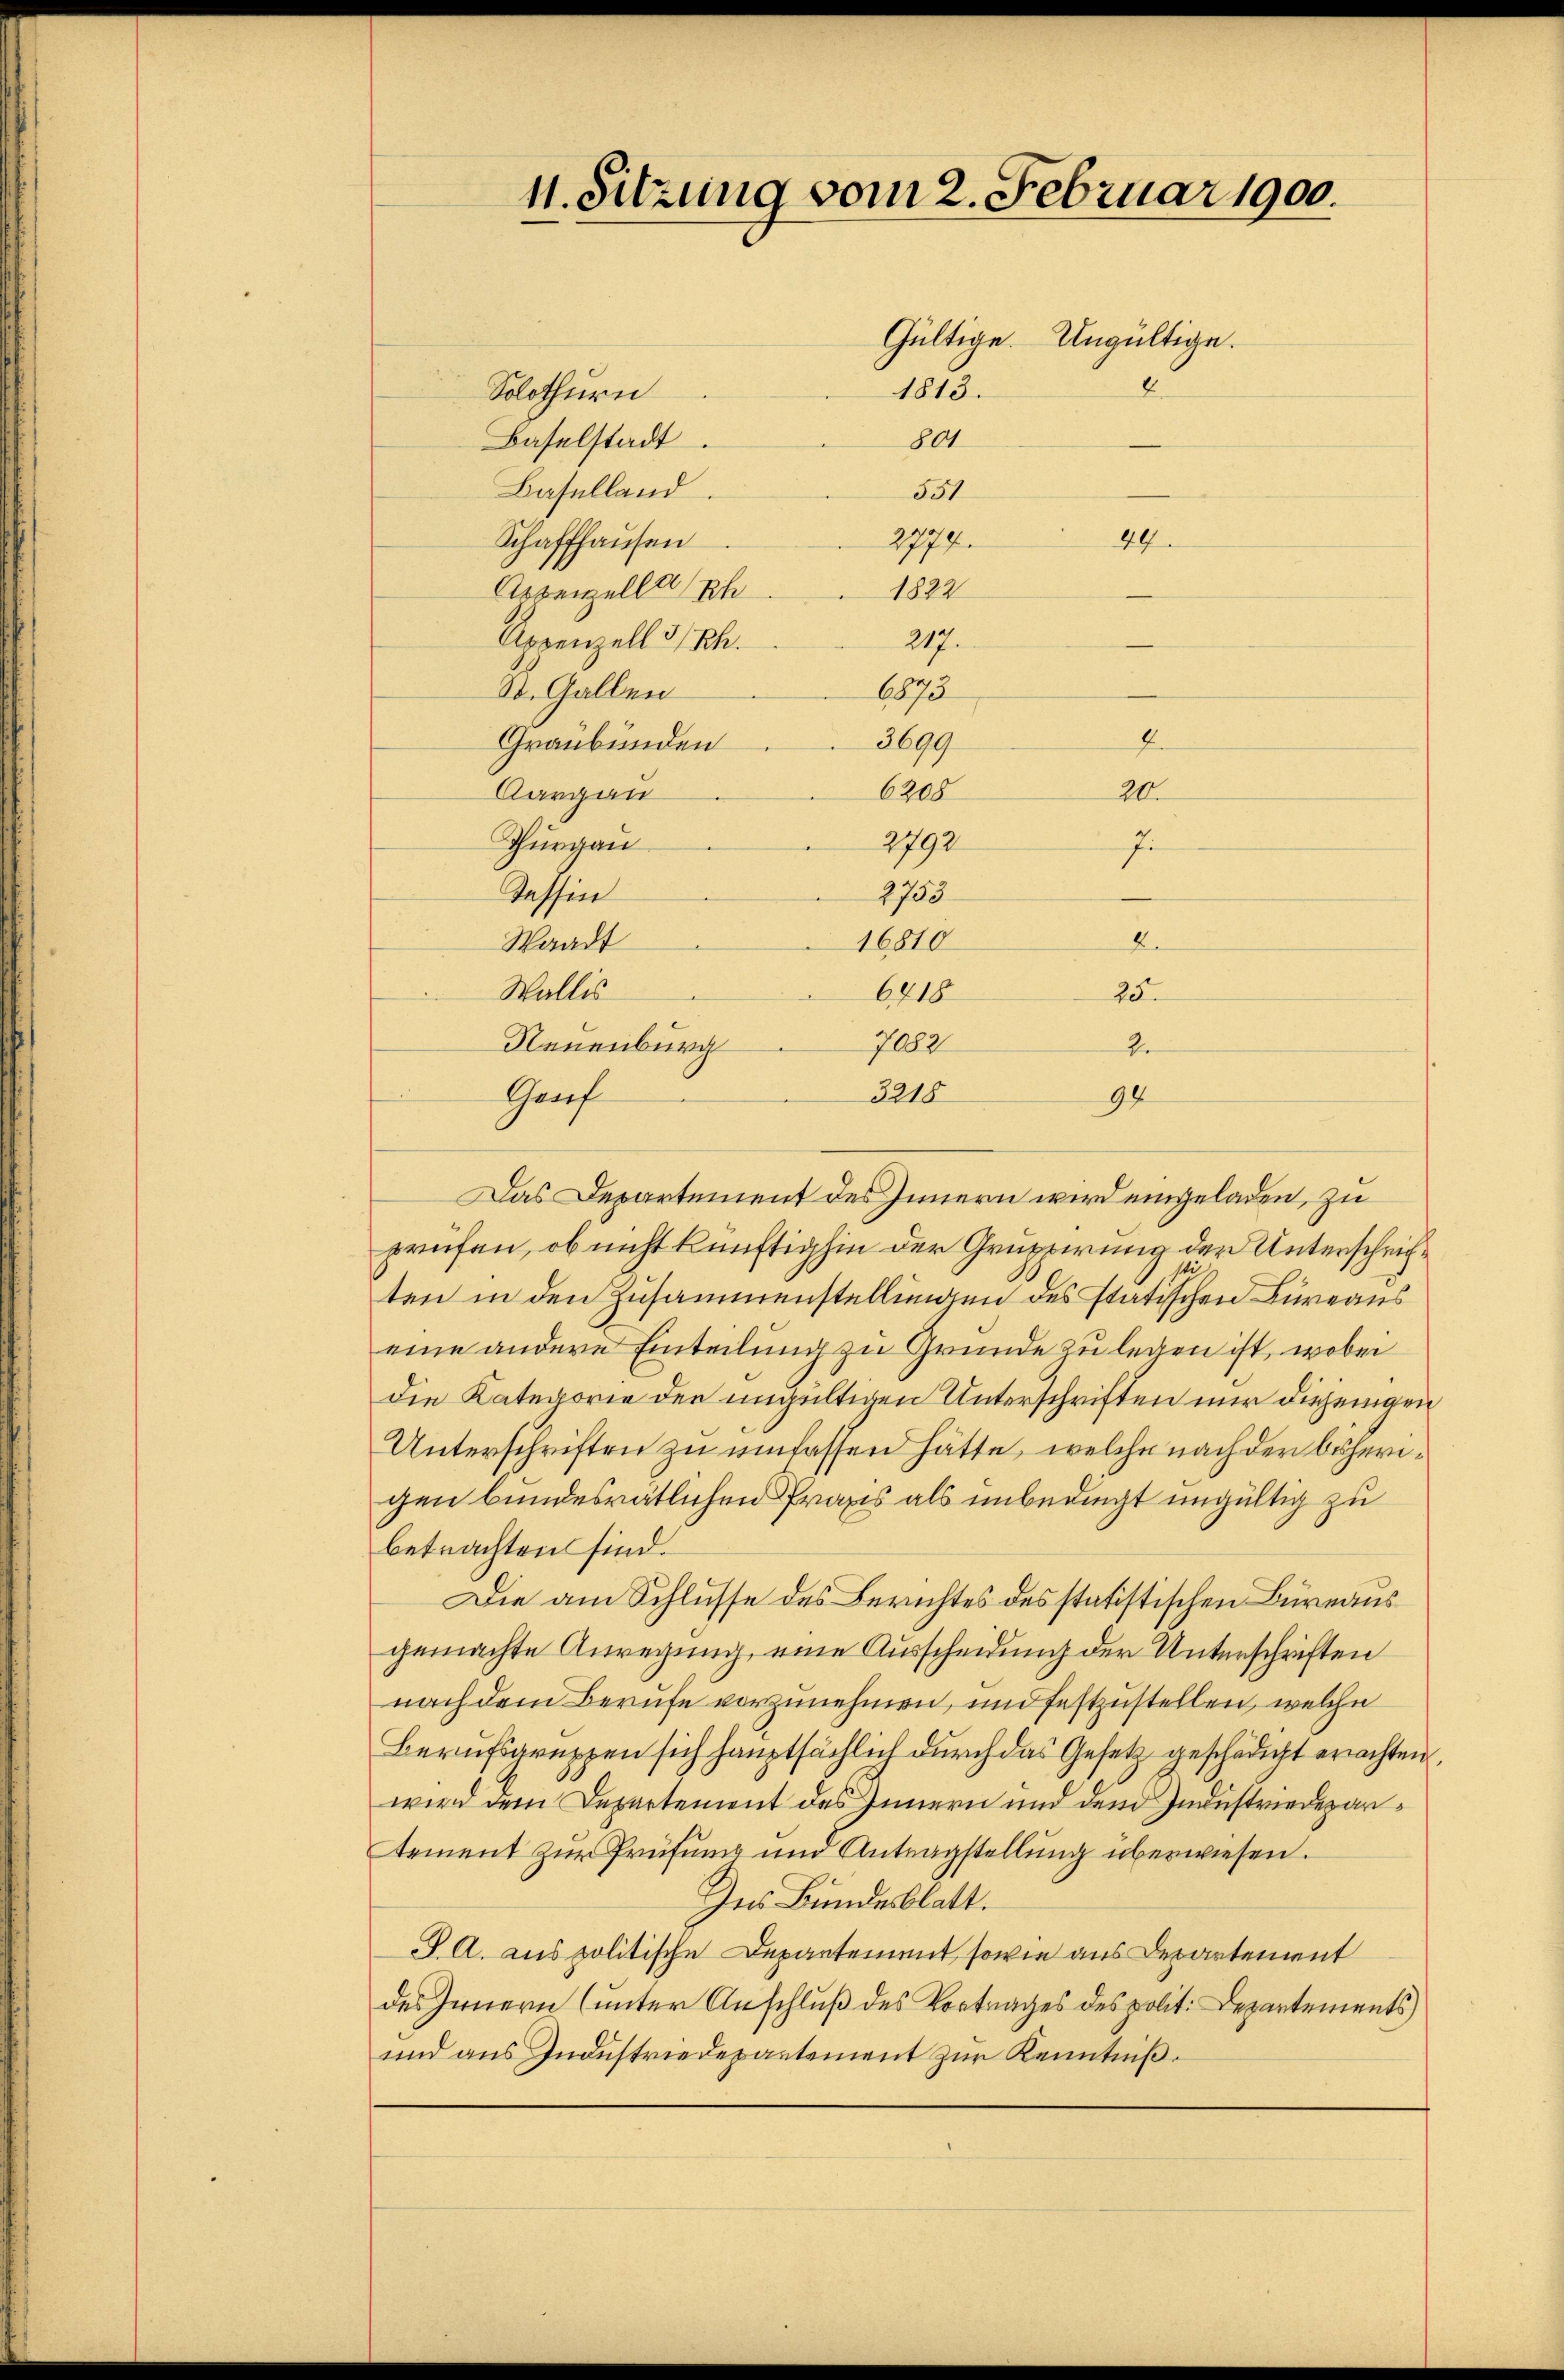
6875
St. Gallen
Graubünden
Aargau
Thurgau
Tessin
Waadt
Wallis
Genf
Das Departement des Innern wird eingeladen, zu
prüfen, ob nicht künftighin der Gruppirung der Unterschriften in den Zusammenstellungen des statischen Büreaus
eine andere Einteilung zu Grunde zu legen ist, wobei
die Kategorie den ungültigen Unterschriften nur diejenigen
Unterschriften zu umfassen hätte, welche nach der beherigen bundesrätlichen Praxis als unbedingt ungültig zu
betrachten sind.
Die am Schlusse des Berichtes des statistischen Büreaus
gemachte Anregung, eine Ausscheidung der Unterschriften
nach dem Berufe vorzunehmen, und festzustellen, welche
Berufsgruppen sich hauptsächlich durch das Gesetz geschädigt erachten.
wird dem Departement des Innern und dem Industriedepartement zur Prüfung und Antragstellung überwiesen.
Zur Bundesblatt.
J. A. aus politische Departement, sowie aus Departement
des Innern (unter Anschluß des Vortrages des polit. Departements
und aus Industriedepartement zur Kenntniß.

11. Sitzung vom 2. Februar 1900.
1813.
Solothurn
801
Baselstadt
Baselland
551
2778.
49
Schaffhausen
Aszenzell Ih
1822
Appenzell 3/Rh.
217.

Neuenburg
8218

Gültige. Ungültige.

E
3699.
6208
2792
J
2733
2.
16810
6218
25
7082

20.

2.
94